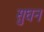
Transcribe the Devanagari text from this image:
सुघन